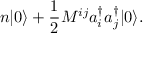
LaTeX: n | 0 \rangle + \frac { 1 } { 2 } M ^ { i j } a _ { i } ^ { \dagger } a _ { j } ^ { \dagger } | 0 \rangle .